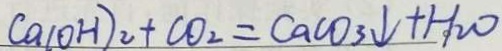
C a ( O H ) _ { 2 } + C O _ { 2 } = C a C O _ { 3 } \downarrow + H _ { 2 } O